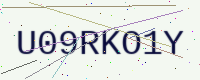
Text: U09RKO1Y